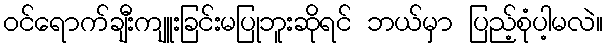
ဝင်ရောက်ချီးကျူးခြင်းမပြုဘူးဆိုရင် ဘယ်မှာ ပြည့်စုံပါ့မလဲ။